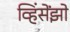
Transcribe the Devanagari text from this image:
व्हिंसेंझो